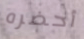
أحضره